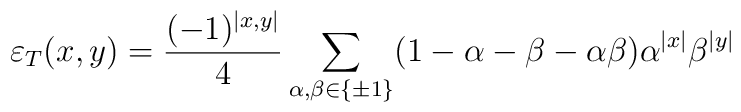
\varepsilon _{T}(x,y)=\frac{(-1)^{\left| x,y\right| }}{4}\sum _{\alpha ,\beta \in \left\{ \pm 1\right\} }(1-\alpha -\beta -\alpha \beta )\alpha ^{\left| x\right| }\beta ^{\left| y\right| }